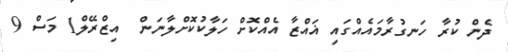
ދެން ކުރާ ހަނގުރާމައެއްގައި ޣައްޒާ އެއްކޮށް ހަލާކުކޮށްލާނަން  އިޒްރޭލް1 މަސް 9